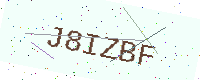
Text: J8IZBF